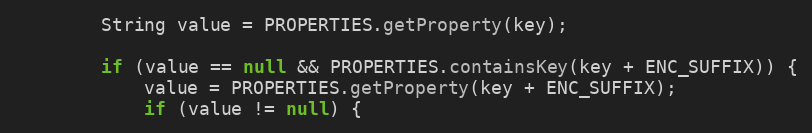
Language: Java
		String value = PROPERTIES.getProperty(key);

		if (value == null && PROPERTIES.containsKey(key + ENC_SUFFIX)) {
			value = PROPERTIES.getProperty(key + ENC_SUFFIX);
			if (value != null) {